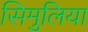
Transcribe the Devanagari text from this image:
सिमुलिया